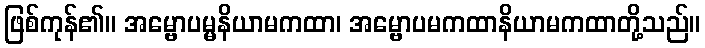
ဖြစ်ကုန်၏။ အမ္ဗောပမ္မနိယာမကထာ၊ အမ္ဗောပမကထာနိယာမကထာတို့သည်။